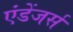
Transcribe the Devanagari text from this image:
एंडेंजर्स